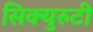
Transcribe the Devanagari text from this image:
सिक्युरुटी